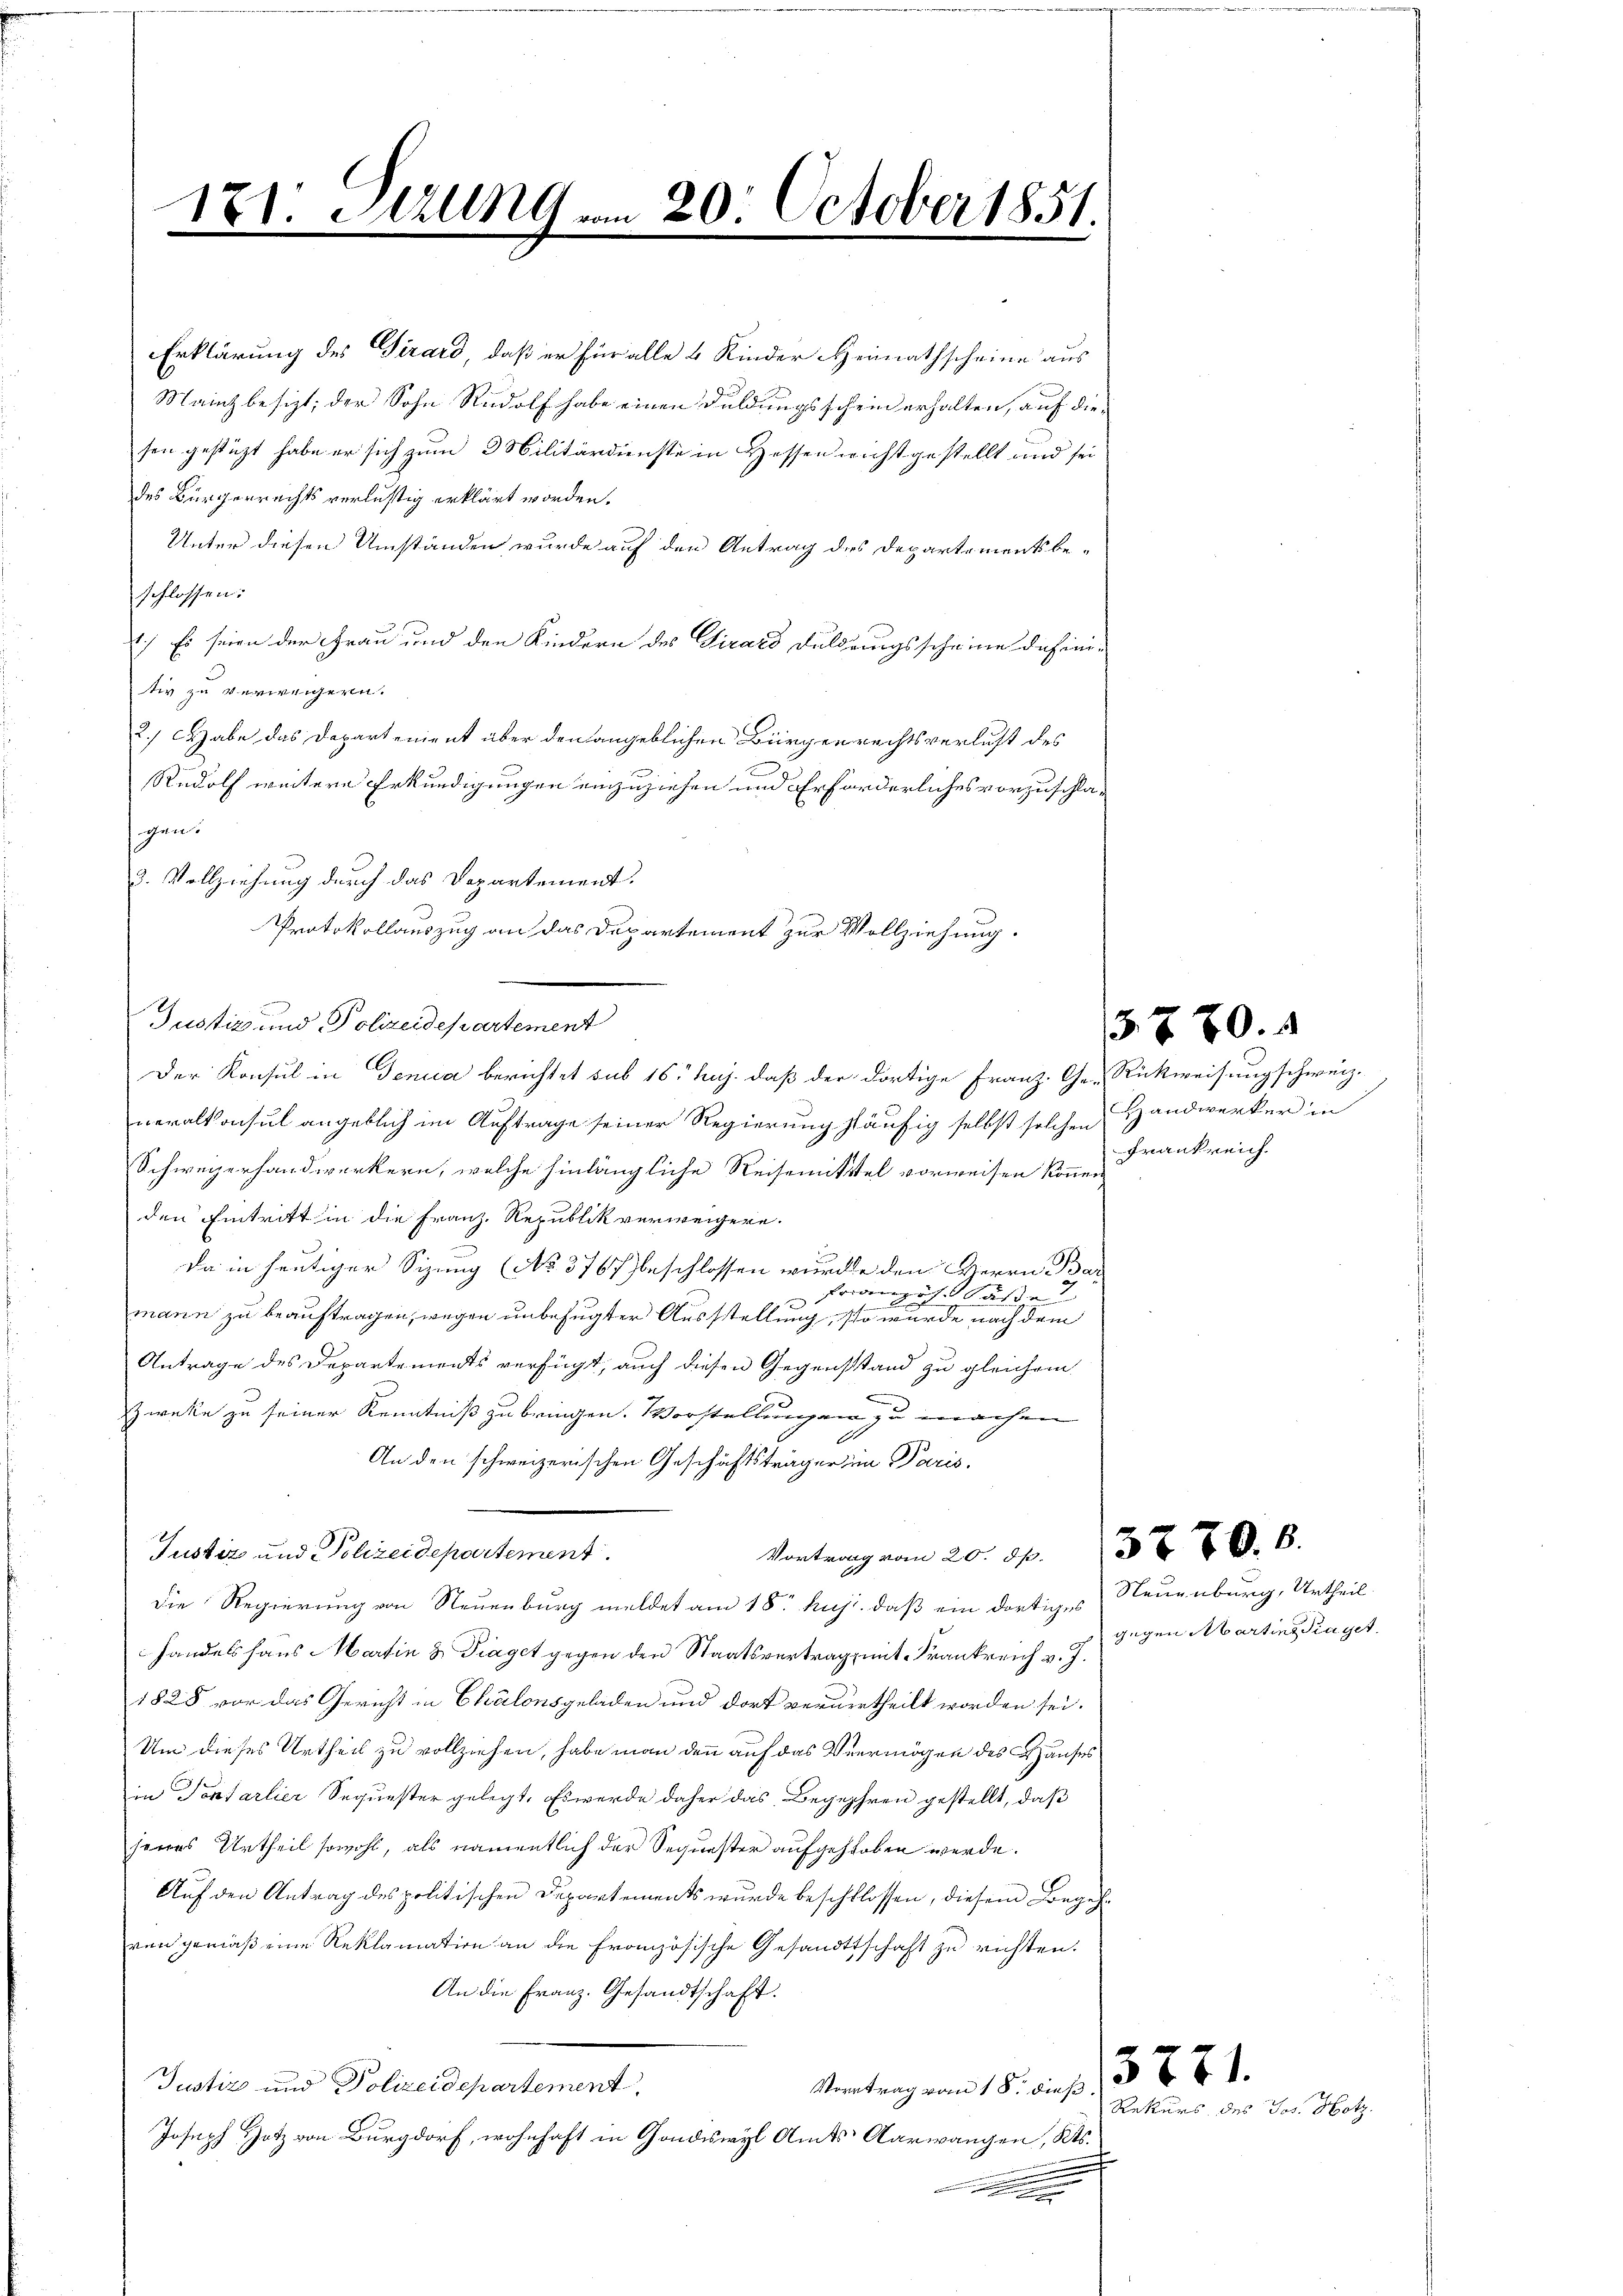
171. Still vom 20. October 1851.
.
e

Erklärung des Girard, daß er für alle 4 Kinder Heimathscheine aus
Mainz besizt; der Sohn Rudolf habe einen Duldungsschein erhalten, auf diesen gestüzt habe er sich zum 3 Militärdienste in Hessen nicht gestellt und sei
des Bürgerrechts verlustig erklärt worden.
Unter diesen Umständen wurde auf den Antrag des Departementsbe-
schlossen:
1.) Es seien der Frau und den Kindern des Girard Fuldrungsscheine dahinitiv zu verweigern.
2.) Habe das Departenient über den angeblichen Bürgerrechtsverlust des
Rudolf weitere Erkundigungen einzuziehen und Erforderliches vorzuschlacheens
Justiz und Polizeidepartement
Der Konsul in Genua berichtet sub 16. huj. daß der dortige Franz. Ge- Rückweisung schweiz.
neralkonsul angeblich im Auftrage seiner Regierung häufig selbst solchen
Schweizerhandwerkern, welche hinlängliche Reisemititel vorweisen können.
den Eintritt in die Franz. Republik verweigere.
Da in heutiger Sizung (No 3767 beschlossen wurde den Herrn Bar
u franzicht Susde
mann zu beauftragen, wegen unbefugter Ausstellung, so wurde nach dem
Antrage des Departements verfügt, auch diesen Gegensstand zu gleichem
Zwecke zu seiner Kenntniß zu bringen. Vorstellungen zu machen
An den schweizerischen Geschäftsträger im Paris,
Vortrag vom 20. 54. 387. 8.
Justiz und Polizeidepartement
Die Regierung von Neuenburg meldet am 18. huj. daß ein dortiges Neuenburg, Urtheil
Handelshaus Martin & Traget gegen den Staatsvertrag, mit Frankreich v. J.
1828 vor das Gericht in Chalonsgeladen und dort verurtheilt worden sei.
Um dieses Urtheil zu vollziehen, habe man denn auf das Vermögen des Hauses
in Pontarlier Sequester gelegt. Es werde daher das Begehren gestellt, daß
seines Urtheil sowohl, als namentlich der Sequester aufgehoben werde.
Auf den Antrag des politischen Departements wurde beschlossen, diesem Begehven gemäß eine Reklamation an die Französische Gesandtschaft zu richten.
An die Franz. Gesandtschaft.
Justiz und Polizeidepartement.
Vortrag vom 18. dieß.
Joseph Hotz von Burgdorf, wohnhaft in Gondeswyl Amts Aarwangen, Kts.

2. Vollziehung durch das Departement.

Protokollauszug an das Departement zur Vollziehung.

5. 870.

HHandwerker in
Frankreich

gegen Martins Traget.

3771.
Rekurs des Jos. Hotz.